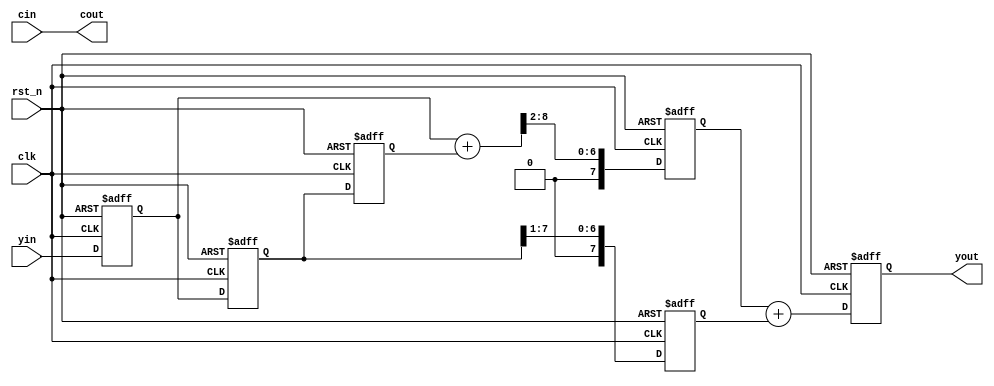
`timescale 1ns / 1ps
//////////////////////////////////////////////////////////////////////////////////
// Company: 
// Engineer: 
// 
// Design Name: 
// Module Name: test42
// Project Name: 
// Target Devices: 
// Tool Versions: 
// Description: 
// 
// Dependencies: 
// 
// Revision:
// Revision 0.01 - File Created
// Additional Comments:
// 
//////////////////////////////////////////////////////////////////////////////////


module fir_lpf_3tap(
    input               clk     , 
    input               rst_n   , 
    input       [7:0]   yin     , 
    output      [7:0]   yout    ,
    input       [7:0]   cin     ,
    output      [7:0]   cout    
    );

reg [7:0] tap [0:2];
reg [8:0] product [0:1];
reg [7:0] yout_r    ;

always @(posedge clk or negedge rst_n) begin
    if (!rst_n) begin
        tap[0] <= 8'd0;
        tap[1] <= 8'd0;
        tap[2] <= 8'd0;
    end else begin
        tap[2] <= tap[1];
        tap[1] <= tap[0];
        tap[0] <= yin;
    end
end

always @(posedge clk or negedge rst_n) begin
    if (!rst_n) begin
        product[0] <= 9'd0;
        product[1] <= 9'd0;
    end else begin
        product[0] = (tap[0] + tap[2]) >> 2;
        product[1] = tap[1] >> 1;        
    end
end

always @(posedge clk or negedge rst_n) begin
    if (!rst_n) begin
        yout_r <= 8'd0;
    end else begin
        yout_r <= product[0] + product[1];
    end
end

assign yout = yout_r;
assign cout = cin;

endmodule